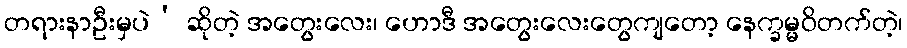
တရားနာဦးမှပဲ’ ဆိုတဲ့ အတွေးလေး၊ ဟောဒီ အတွေးလေးတွေကျတော့ နေက္ခမ္မဝိတက်တဲ့၊